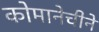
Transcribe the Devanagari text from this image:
कोमानेचीने